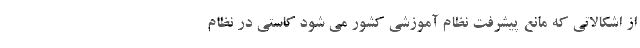
از اشکالاتی که مانع پیشرفت نظام آموزشی کشور می شود کاستی در نظام